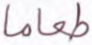
طعاما